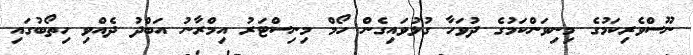
ނޫސްވެރިކަމުގެ މިނިވަންކަމުގެ ދުވަހާ ގުޅުވައިގެން ހޯމް މިނިސްޓަރު އިމްރާނު އަބްދު ދެއްވި ހިތޯބުގައި